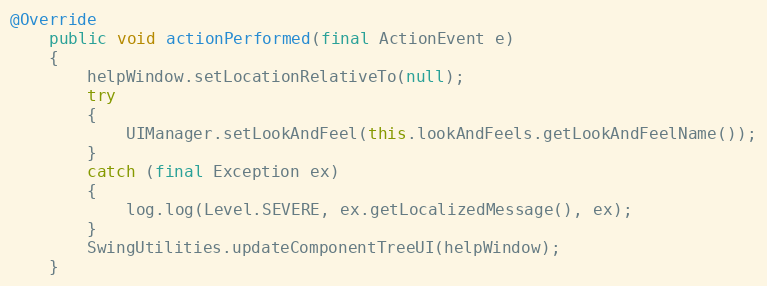
Language: Java
@Override
	public void actionPerformed(final ActionEvent e)
	{
		helpWindow.setLocationRelativeTo(null);
		try
		{
			UIManager.setLookAndFeel(this.lookAndFeels.getLookAndFeelName());
		}
		catch (final Exception ex)
		{
			log.log(Level.SEVERE, ex.getLocalizedMessage(), ex);
		}
		SwingUtilities.updateComponentTreeUI(helpWindow);
	}